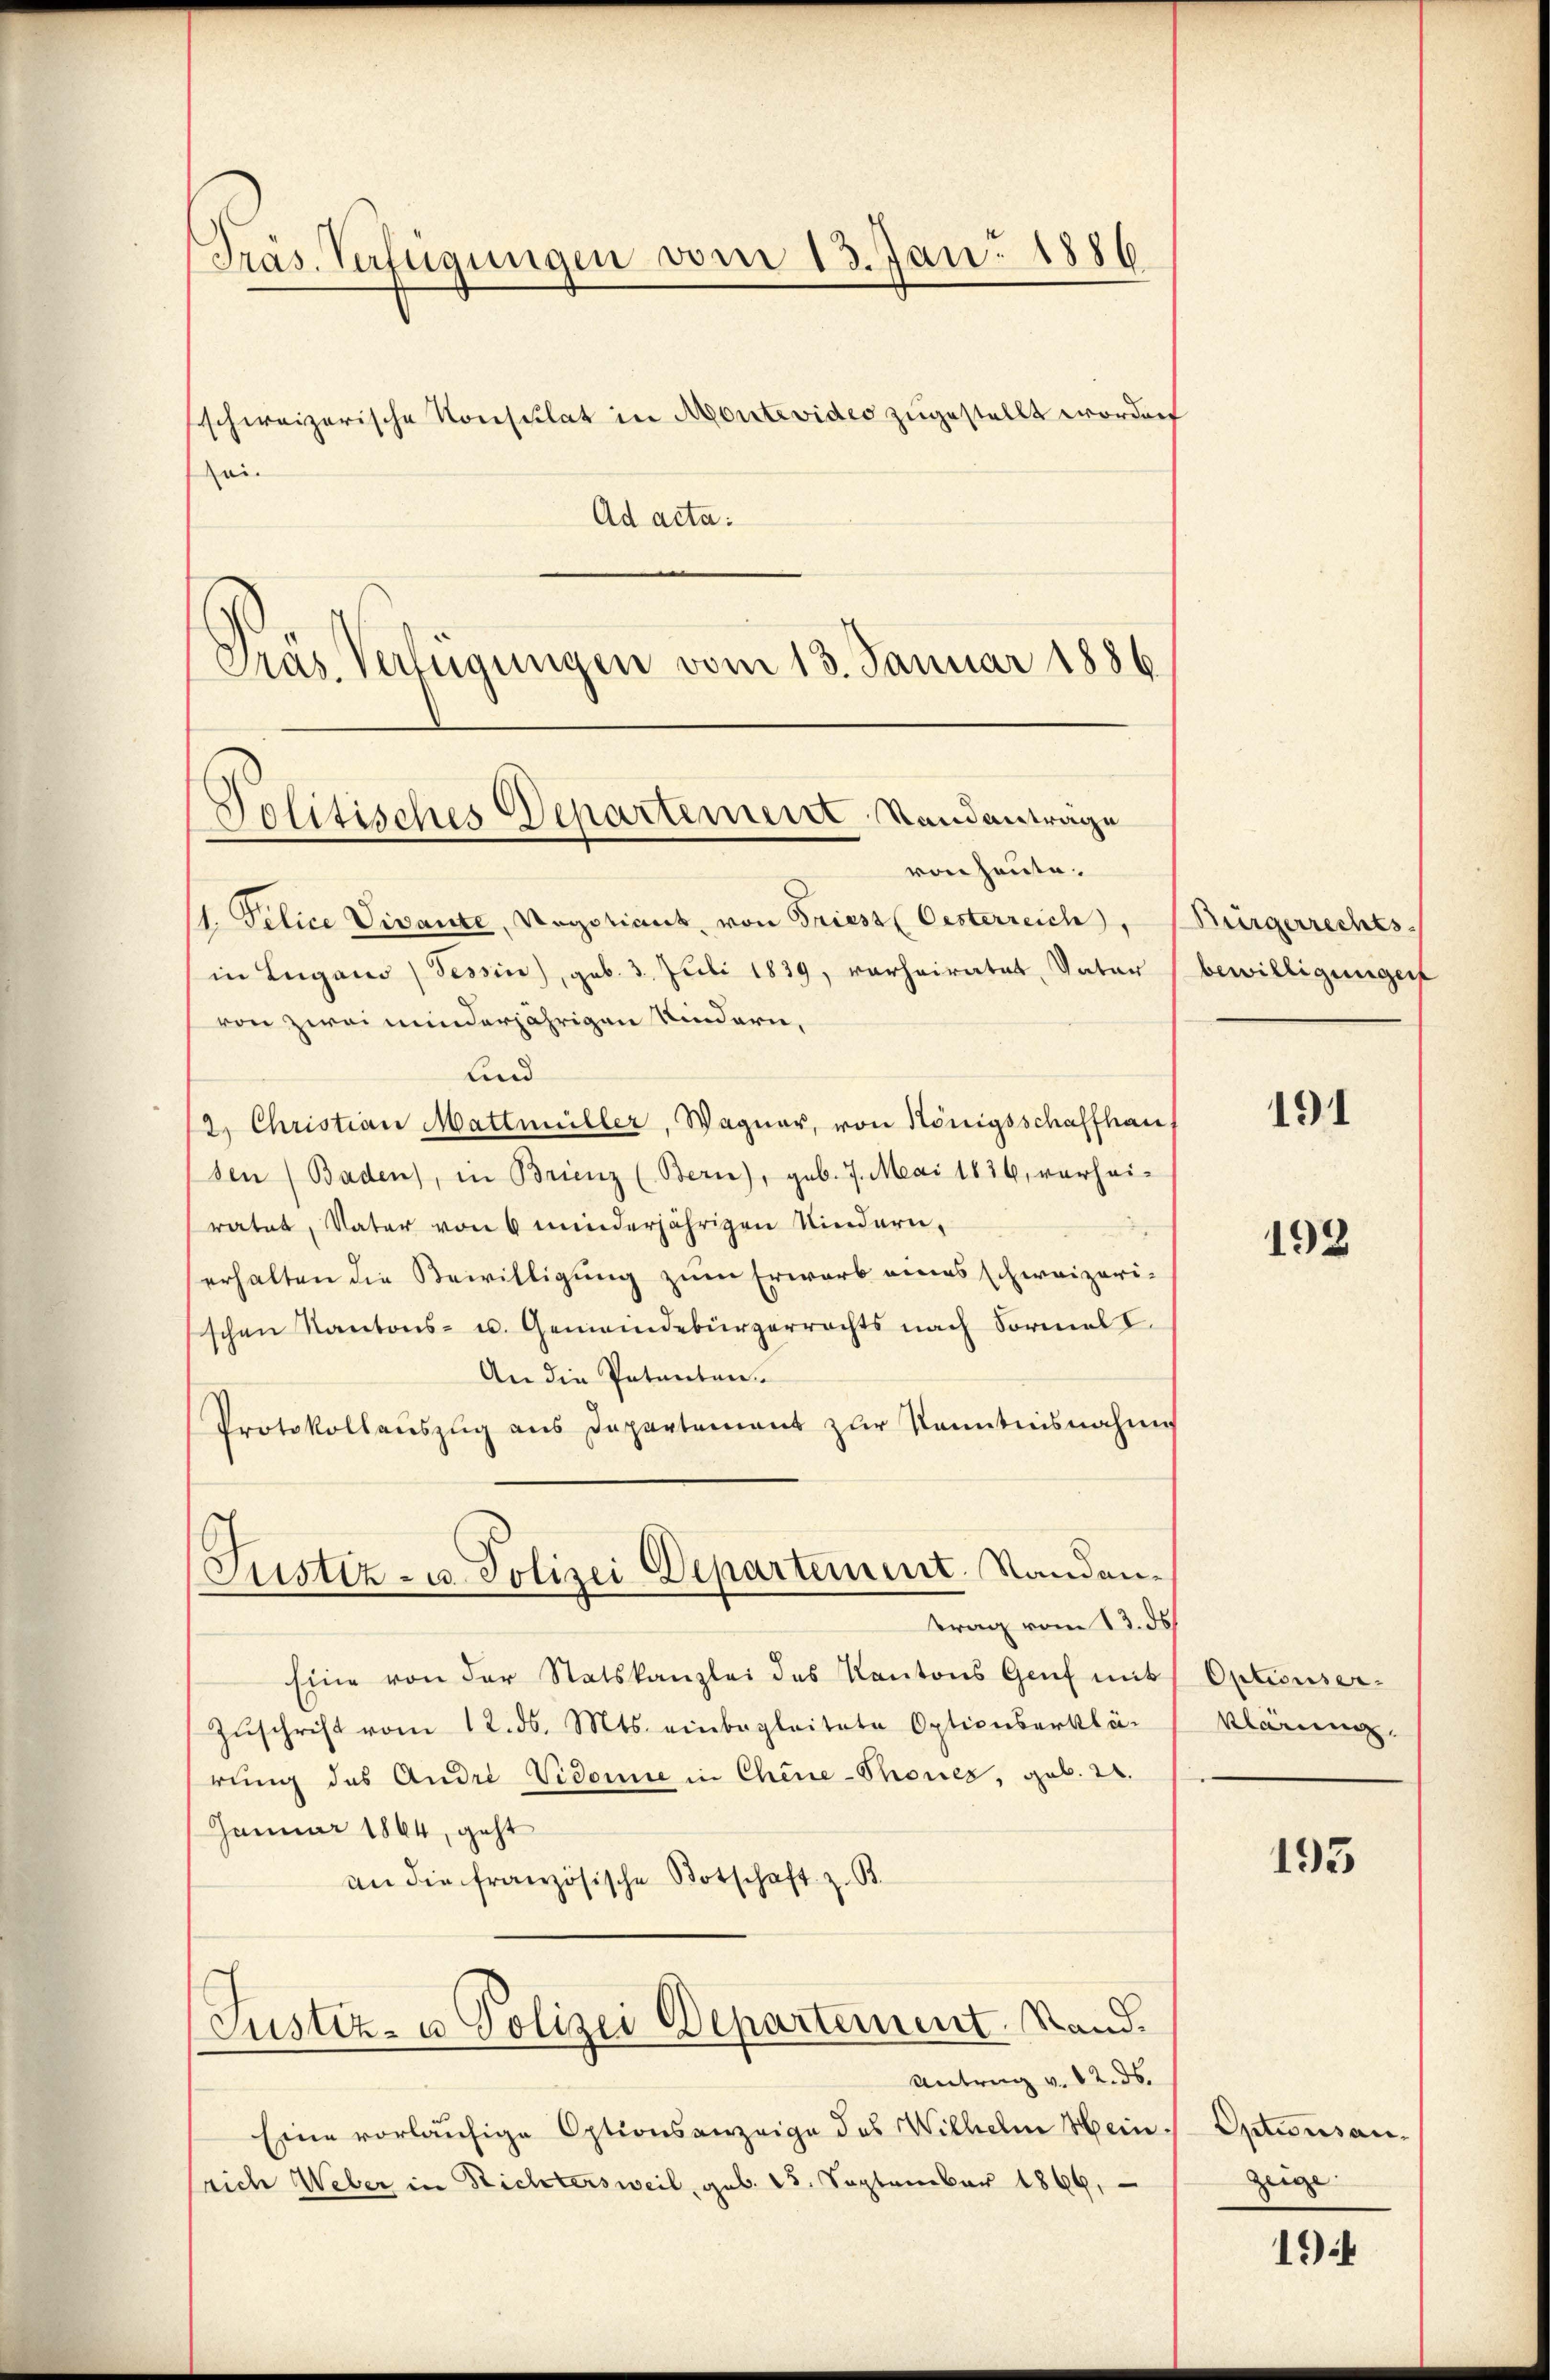
Präs. Verfügungen vom 13. Jan. 1886
schweizerische Konsulat in Montevideo zugestellt worden
Zei

Ad acta:
Präs. Verfügungen vom 13. Januar 1886.

Politisches Departement Standanträge

von heute.
11. Felice Vivante, Negotiant, von Griess (Oesterreich, (Bürgerrechts-
in Lugano (Tessin, geb. 3. Juli 1839, verheiratet, Vater
von zwei minderjährigen Kindern,
Lind
2. Christian Mattmüller, Wagner, von Königsschaffhau
sen (Baden), in Brienz (Bern), geb. 7. Mai 1836, verhei-
ratet, Vater von 6 minderjährigen Kindern-
erhalten die Bewilligung zum Erwarb eines schweizerischen Kantons- u. Gemeindebürgerrechts nach Formel I
An die Patenten
Protokollauszug aus Departement zur Kenntnisnahme
(Justiz- u. Polizei Departement. Standantrag vom 13. ds.
Eine von der Statskanzlei des Kantons Genf mit
Zŭschrift vom 12. ds. Mts. einbegleitete Optionserklä-
rung des Andre Vidonie in Chine-Thones, geb. 2.
Januar 1864, geht
an die französische Botschaft z. B.
Justiz- u Polizei Departement. Stand.
Antrag v. 12. ds.
Eine vorläufige Optionsanzeige des Wilhelm Heinsrich Weber in Richtersweil, geb. 25. September 1866,

bewilligungen

191

193

Optionserklärung.

193

Optionsan¬
Zeige

194